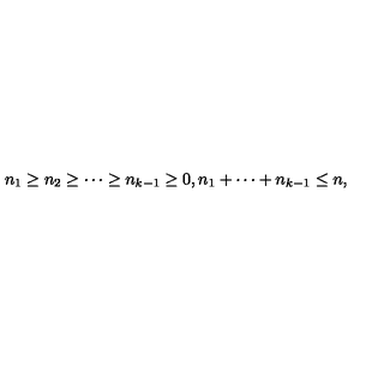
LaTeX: n _ { 1 } \geq n _ { 2 } \geq \cdots \geq n _ { k - 1 } \geq 0 , n _ { 1 } + \cdots + n _ { k - 1 } \leq n ,